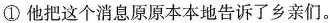
①他把这个消息原原本本地告诉了乡亲们。